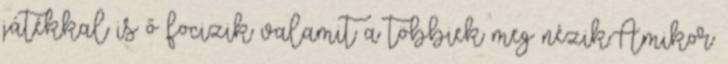
játékkal is ő focizik valamit a többiek meg nézik.Amikor